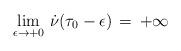
LaTeX: \begin{align*}\lim_{\epsilon\rightarrow +0}\,\dot \nu(\tau_0-\epsilon)\,=\,+\infty\end{align*}